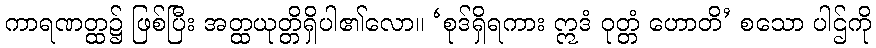
ကာရဏတ္ထ၌ ဖြစ်ပြီး အတ္ထယုတ္တိရှိပါ၏လော။ ‘စုဒ်ရှိရကား ဣဒံ ဝုတ္တံ ဟောတိ’ စသော ပါဌ်ကို